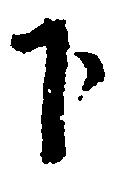
下